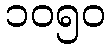
၁၀၅၀